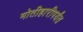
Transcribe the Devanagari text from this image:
मोतीहारीपर्यंत